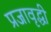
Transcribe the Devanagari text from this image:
प्रजावृद्धी